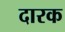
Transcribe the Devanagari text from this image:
दारक